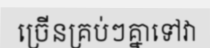
ច្រើនគ្រប់ៗគ្នាទៅវា